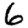
Digit: 6